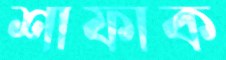
শাফাক